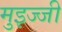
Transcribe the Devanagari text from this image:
मुइज्जी